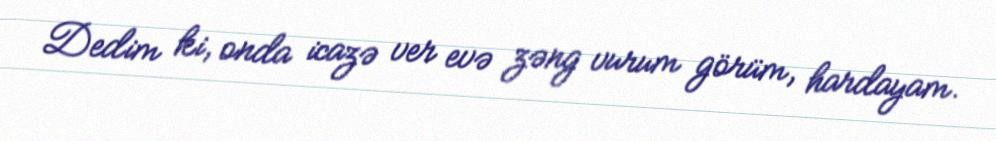
Dedim ki, onda icazə ver evə zəng vurum görüm, hardayam.